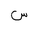
Letter: _sin